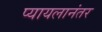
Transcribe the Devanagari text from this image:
प्यायलानंतर